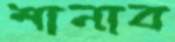
শানাব